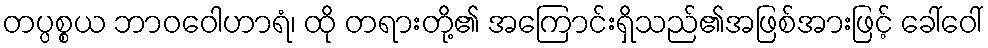
တပ္ပစ္စယ ဘာဝဝေါဟာရံ၊ ထို တရားတို့၏ အကြောင်းရှိသည်၏အဖြစ်အားဖြင့် ခေါ်ဝေါ်